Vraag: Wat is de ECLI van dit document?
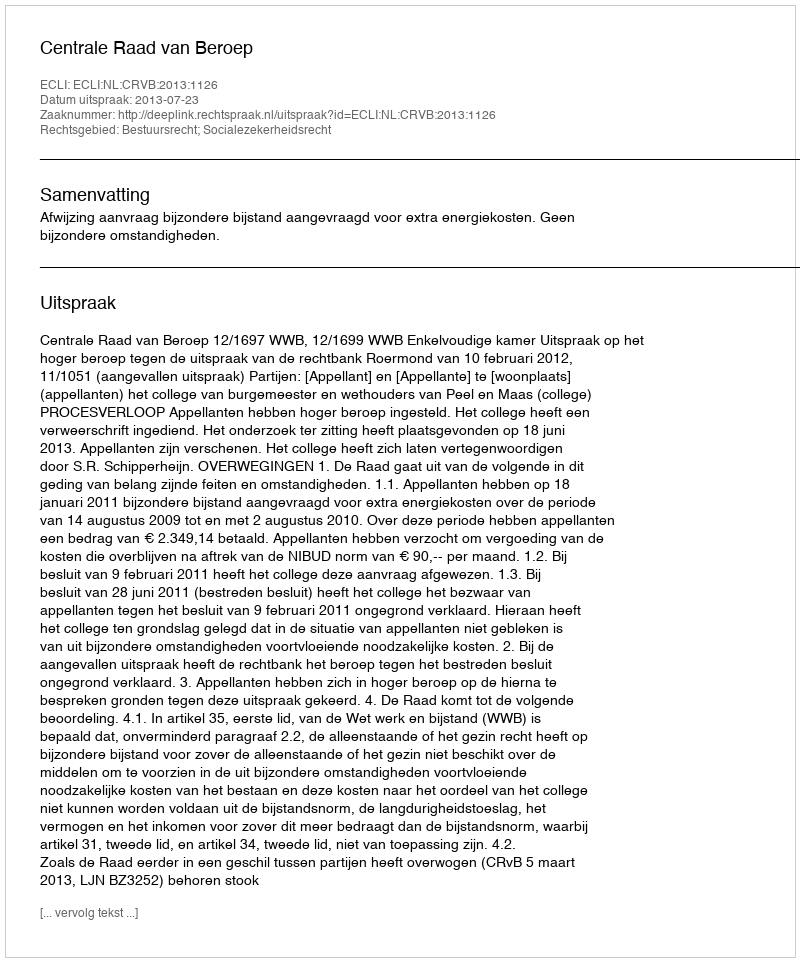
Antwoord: ECLI:NL:CRVB:2013:1126